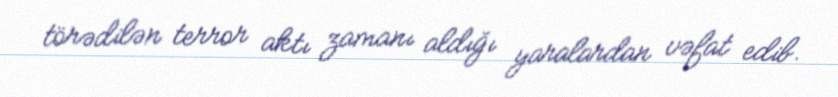
törədilən terror aktı zamanı aldığı yaralardan vəfat edib.